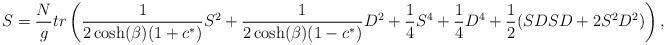
LaTeX: \begin{align*}S = {N \over g} tr \left( {1 \over 2 \cosh (\beta) (1 + c^*)} S^2 + { 1 \over2 \cosh(\beta) (1 - c^*)} D^2 + {1 \over4 } S^4 + {1\over 4 } D^4 + {1 \over 2 } ( S D S D + 2 S^2 D^2 ) \right),\end{align*}